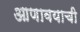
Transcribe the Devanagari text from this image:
आणावयाची